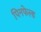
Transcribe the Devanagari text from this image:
पिनफेल्ड